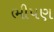
ભીષણ